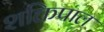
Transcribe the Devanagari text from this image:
शक्तिपाल